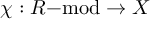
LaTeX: \chi : R { \mathrm { - m o d } } \to X